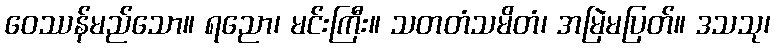
ဝေဿန်မည်သော။ ရညော၊ မင်းကြီး။ သတတံသမိတံ၊ အမြဲမပြတ်။ ဒသသု၊